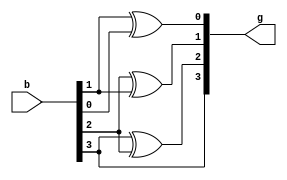
module converter_b_to_g (
	input  [3:0] b,
	output [3:0] g
);

assign g[0] = b[1] ^ b[0];
assign g[1] = b[2] ^ b[1];
assign g[2] = b[3] ^ b[2];
assign g[3] = b[3];

endmodule